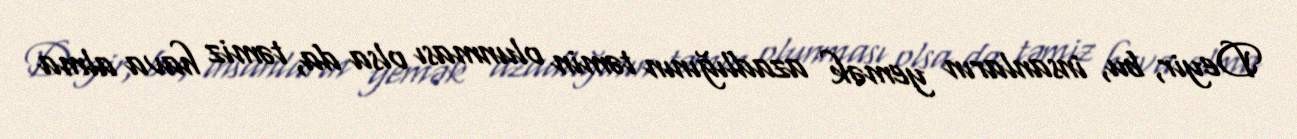
Deyir, bu, insanların yemək azadlığının təmin olunması olsa da, təmiz hava alma